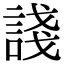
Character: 諓